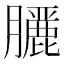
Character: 𮍇